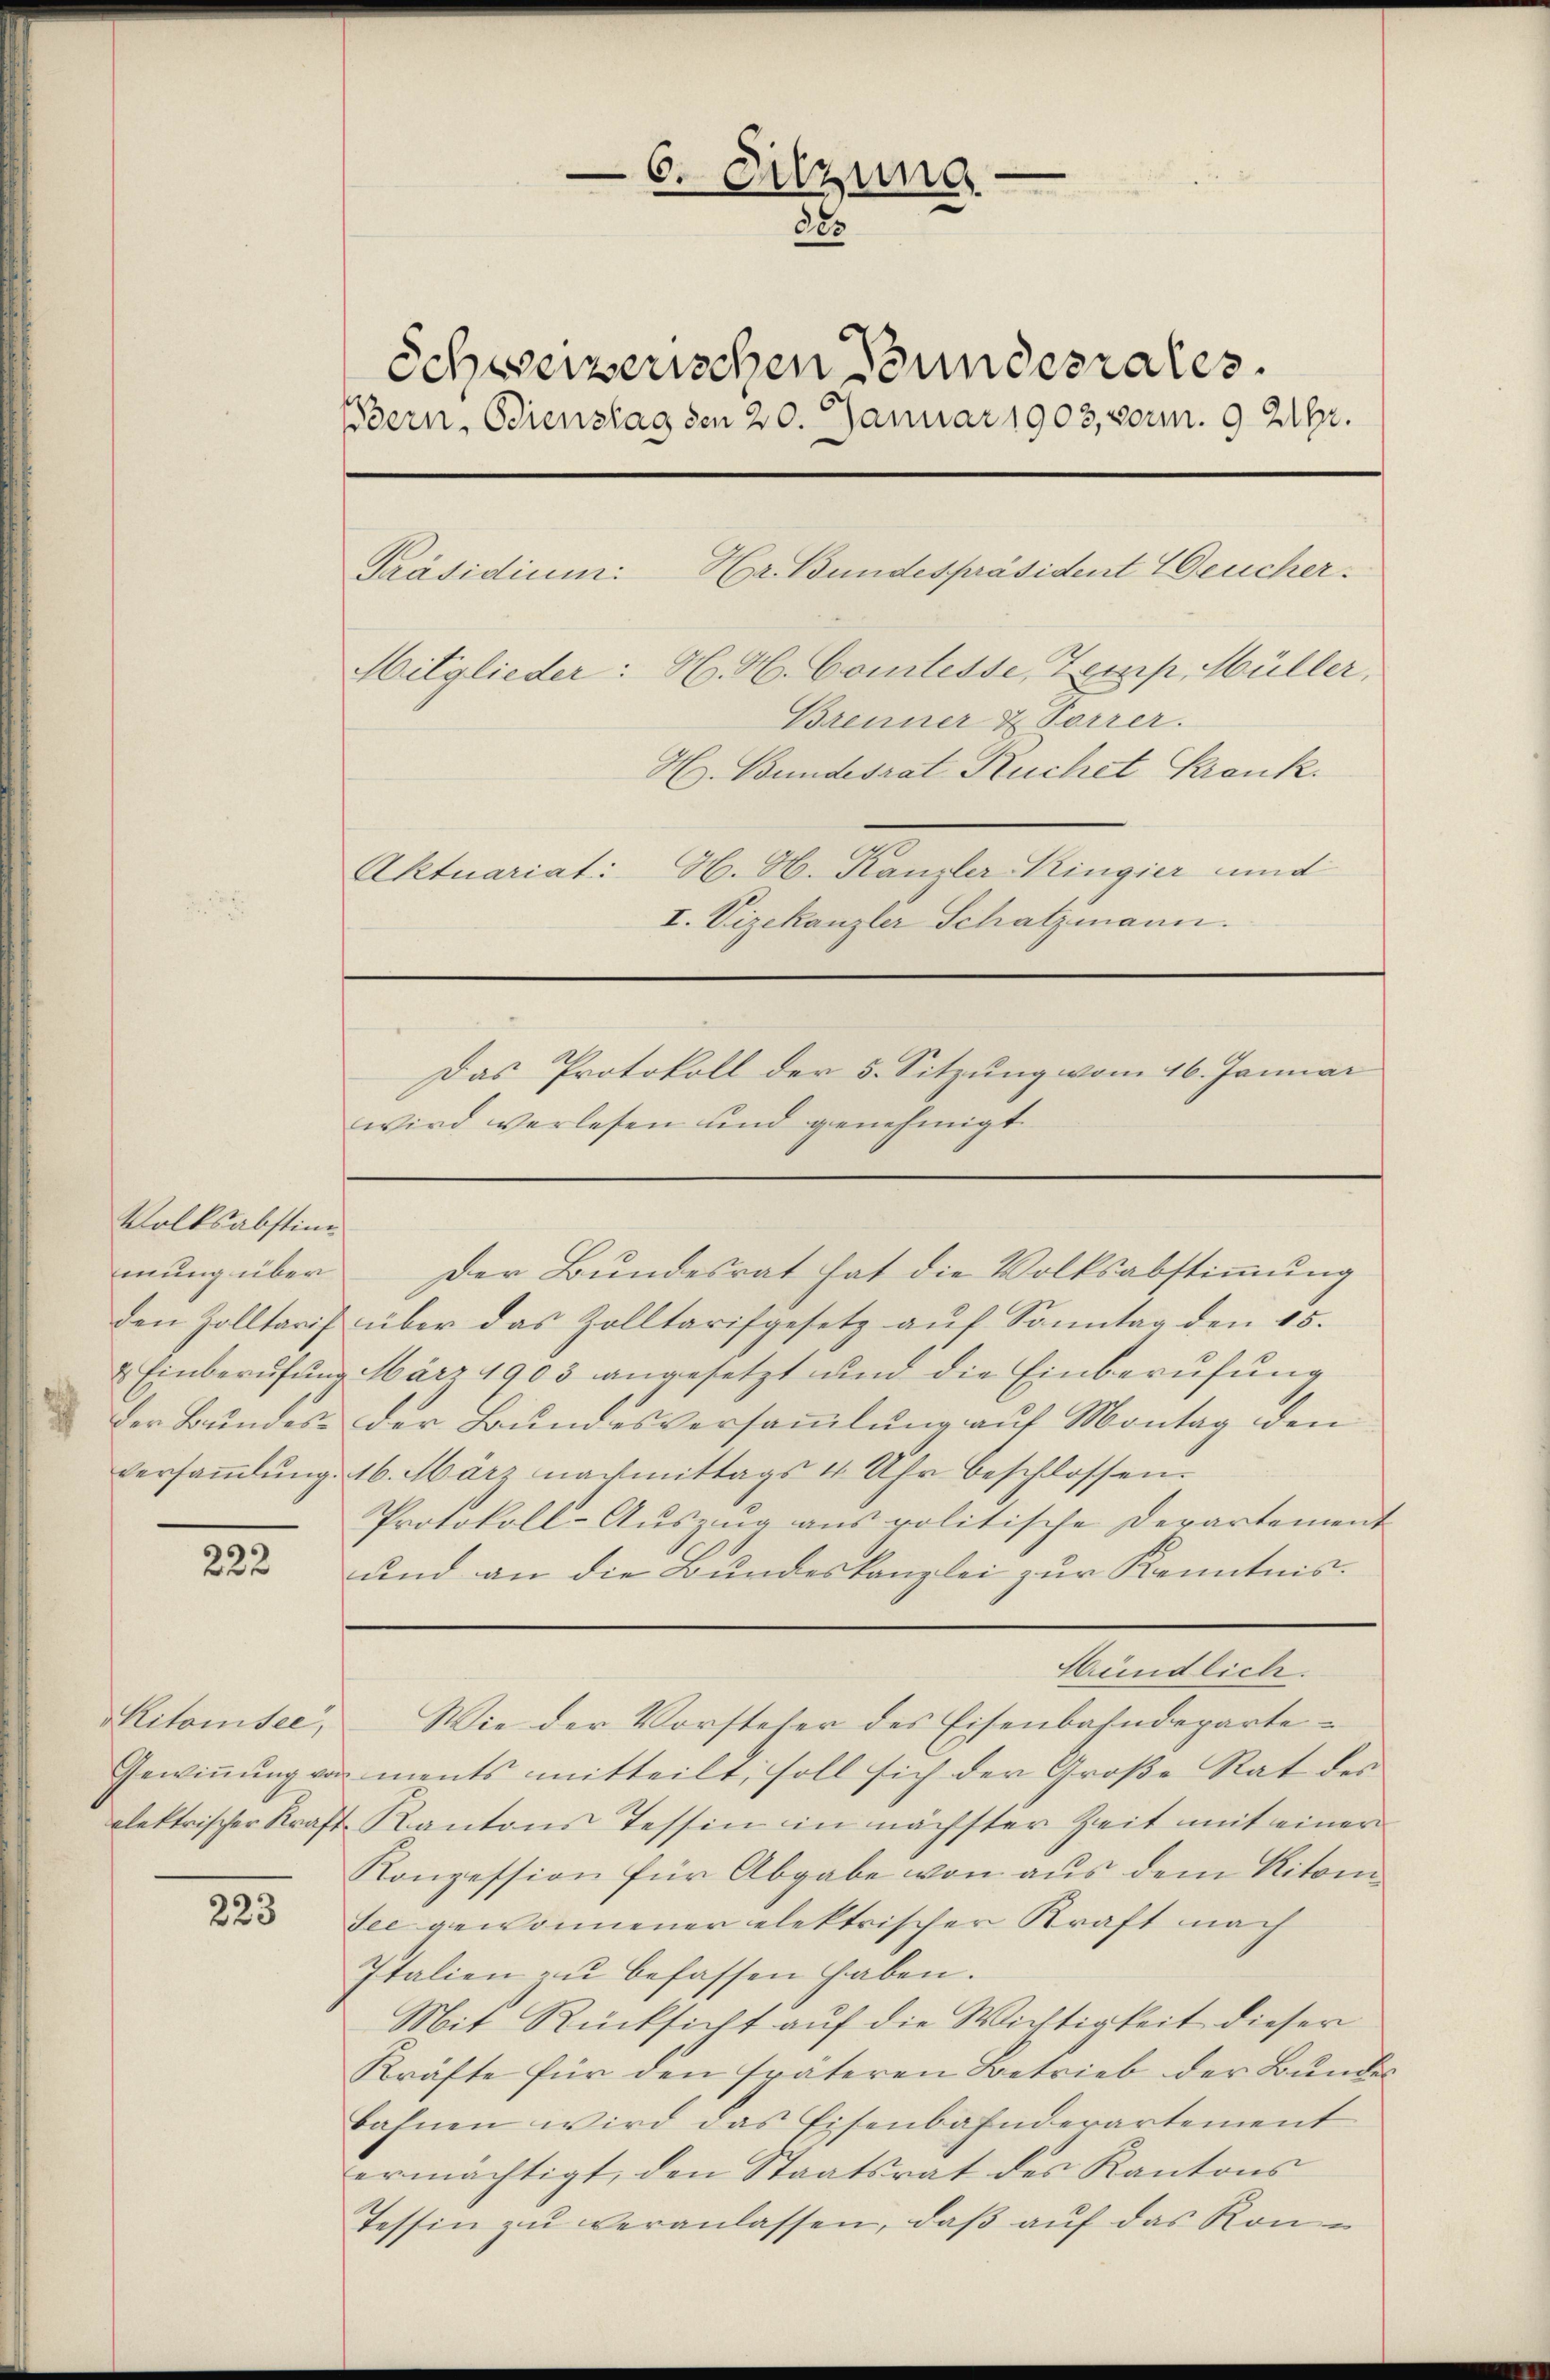
Volksabstimden Zolltarif
& Einberufung
der Bundern
Versammlung.

222

Kitorisée,
alektrischer Kraft

223

6. Sitzung
38
Schweizerischen Stundesrates.
Bern, Bienstag den 20. Januar 1903, vorm. 9 216.
Präsidium:
Mitglieder: H. H. Comtesse, Zemp, Müller,
Brenner & Forrer.
H. Bundesrat Ruchet Krank.
H. H. Kanzler Kingier und
Aktuariat:
I. Vizekanzler Schatzmann.
Das Protokoll der 5. Sitzung vom 16. Januar
wird verlesen und genehmigt.

Hr. Bundespräsident Deucher.

über das Zolltarifgesetz auf Sonntag den 15.
März 1905 angesetzt und die Einberufung
der Bundesversammlung auf Montag den
16. März nachmittags 4 Uhr beschlossen:
Protokoll-Aŭszŭg ans politische Derartement
und an die Bundeskanzlei zur Kenntnis.
Mündlich.
Wie der Vorsteher des Eisenbahndeparte¬
Gewiṅŭng von ments mitteilt, soll sich der Große Rat des
Kantons Tessin in nächster Zeit mit einer
Konzession für Abgabe von aus dem Ritomi¬
See gewonnener elektrischer Kraft nach
Italien zŭ befassen haben.
Mit Rücksicht auf die Wichtigkeit dieser
Kräfte für den späteren Betrieb der Bundes
bahnen wird das Eisenbahnderartement
ermächtigt, den Staatsrat des Kantons
Tessin zŭ veranlassen, daβ aŭf das Kon-

mung über der Bundesrat hat die Volksabstimmung